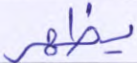
يظهر